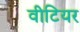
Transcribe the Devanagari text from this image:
वीटियर